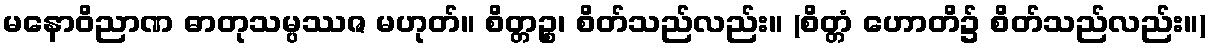
မနောဝိညာဏ ဓာတုသမ္ပဿဇ မဟုတ်။ စိတ္တဉ္စ၊ စိတ်သည်လည်း။ (စိတ္တံ ဟောတိ၌ စိတ်သည်လည်း။)